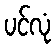
ပင်လုံ